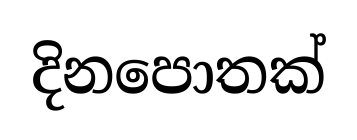
දිනපොතක්